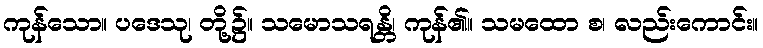
ကုန်သော။ ပဒေသု၊ တို့၌။ သမောသရန္တိ၊ ကုန်၏။ သမထော စ၊ လည်းကောင်း။